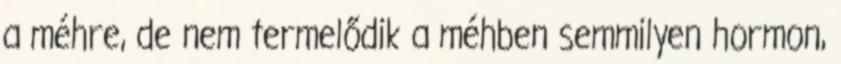
a méhre, de nem termelődik a méhben semmilyen hormon,